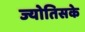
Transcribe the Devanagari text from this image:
ज्योतिसके